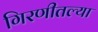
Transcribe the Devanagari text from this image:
गिरणीतल्या